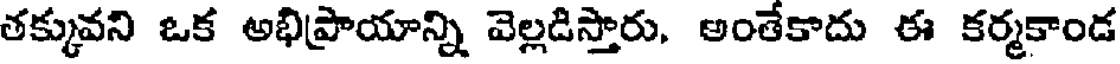
తక్కువని ఒక అభిప్రాయాన్ని వెల్లడిస్తారు. అంతేకాదు ఈ కర్మకాండ